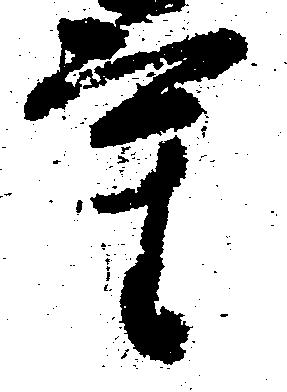
重